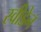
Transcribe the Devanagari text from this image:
स्‍वीडेन